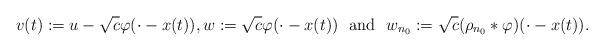
LaTeX: \begin{align*}v(t):=u-\sqrt{c}\varphi(\cdot-x(t)), w:=\sqrt{c}\varphi(\cdot-x(t)) \ \hbox{ and } \ w_{n_0}:=\sqrt{c}(\rho_{n_0}*\varphi)(\cdot-x(t)).\end{align*}